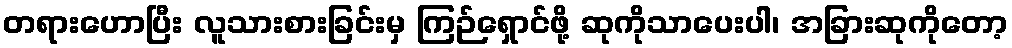
တရားဟောပြီး လူသားစားခြင်းမှ ကြဉ်ရှောင်ဖို့ ဆုကိုသာပေးပါ၊ အခြားဆုကိုတော့